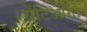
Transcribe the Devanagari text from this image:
सेंटिआगो